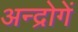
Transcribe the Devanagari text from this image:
अन्द्रोगें